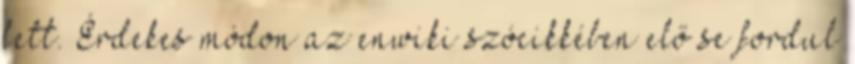
lett. Érdekes módon az enwiki szócikkében elő se fordul